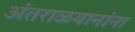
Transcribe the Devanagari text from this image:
अंतराळयानांना